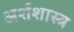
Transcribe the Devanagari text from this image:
अर्शशास्त्र